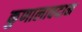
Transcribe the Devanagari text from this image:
कुणालावदान